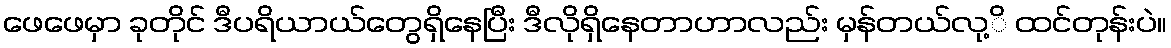
ဖေဖေမှာ ခုတိုင် ဒီပရိယာယ်တွေရှိနေပြီး ဒီလိုရှိနေတာဟာလည်း မှန်တယ်လု့ိ ထင်တုန်းပဲ။